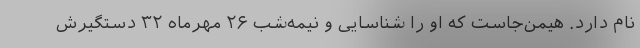
نام دارد. هیمن‌جاست که او را شناسایی و نیمه‌شب ۲۶ مهرماه ۳۲ دستگیرش